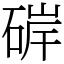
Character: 硸